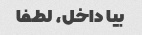
بیا داخل، لطفا